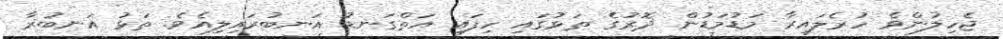
ޖެހިލުންވެ ހުރެލައިރާ މަޑުމަޑުން ދޮރުގެ ތަޅުގައި ހިފައި އަތްގަނޑު އަނބުރައިލިއެވެ. ތަޅު އަނބުރާ